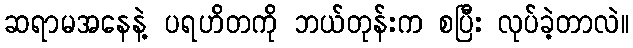
ဆရာမအနေနဲ့ ပရဟိတကို ဘယ်တုန်းက စပြီး လုပ်ခဲ့တာလဲ။